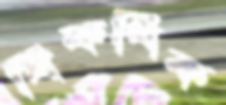
ধিকধিক